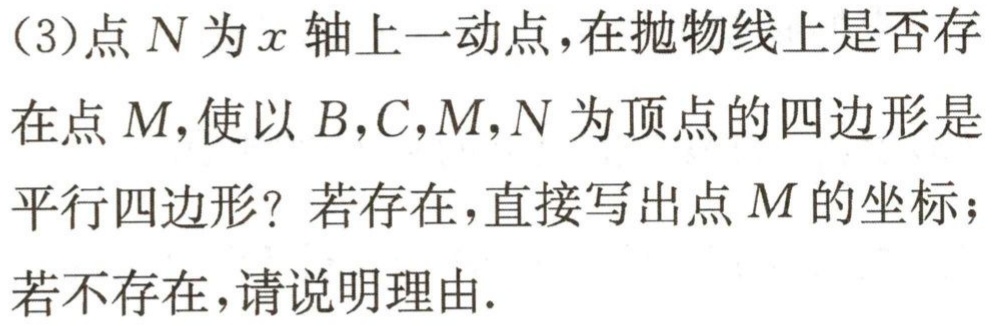
(3)点 \(N\) 为 \(x\) 轴上一动点，在抛物线上是否存在点 \(M\)，使以 \(B,C,M,N\) 为顶点的四边形是平行四边形？若存在，直接写出点 \(M\) 的坐标；若不存在，请说明理由.